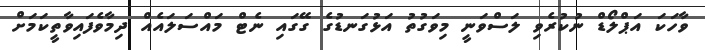
ވާހަކަ އަޕްލޯޑް ނުކުރެވި ލަސްވަނީ މިވަގުތު އަޅުގަނޑުގެ ގޭގައި ނެޓް މައްސަލައެއް ދިމާވެފައިވާތީކަމަށް